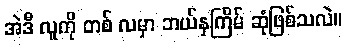
အဲဒီ လူကို တစ် လမှာ ဘယ်နှကြိမ် ဆုံဖြစ်သလဲ။